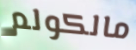
مالكولم